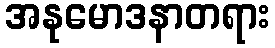
အနုမောဒနာတရား